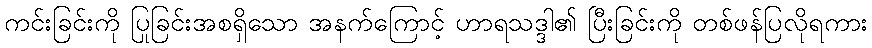
ကင်းခြင်းကို ပြုခြင်းအစရှိသော အနက်ကြောင့် ဟာရသဒ္ဒါ၏ ပြီးခြင်းကို တစ်ဖန်ပြလိုရကား